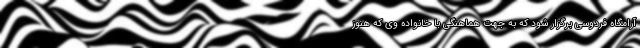
آرامگاه فردوسی برگزار شود که به جهت هماهنگی با خانواده وی که هنوز